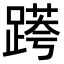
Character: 𨃖